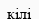
кілі